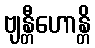
ဗျန္တီဟောန္တိ